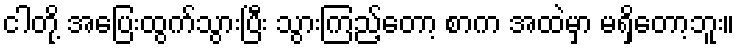
ငါတို့ အပြေးထွက်သွားပြီး သွားကြည့်တော့ စာက အထဲမှာ မရှိတော့ဘူး။